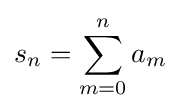
s_{n}=\sum _{m=0}^{n}a_{m}